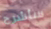
سأشرح